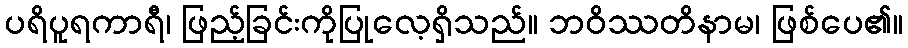
ပရိပူရကာရီ၊ ဖြည့်ခြင်းကိုပြုလေ့ရှိသည်။ ဘဝိဿတိနာမ၊ ဖြစ်ပေ၏။